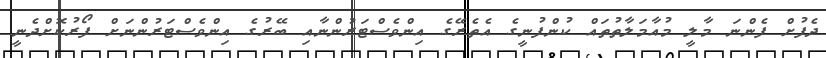
ދެފުށް ފެންނަ މާލީ މުއާމަލާތުތައް ކުންފުނީގެ އެތެރޭގެ އިންވެސްޓަރުންނާއި ބޭރުގެ އިންވެސްޓަރުންނަށް ފޯރުކޮށްދެނީ